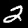
Label: 2